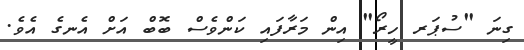
ގިނަ "ސުޕަރ ހީރޯ" އިން މަރާފައި ކަންވެސް ބޮބް އަށް އެނގެ އެވެ.